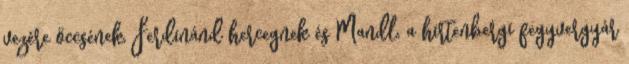
vezére öccsének, Ferdinánd hercegnek és Mandl, a hirtenbergi fegyvergyár